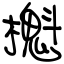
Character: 櫆